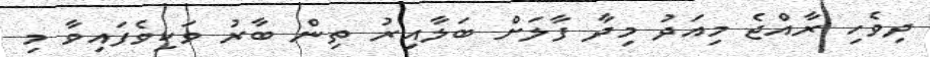
ދިވެހި ރާއްޖެ މިއަދު މިދާ ފާލަށް ބަލާއިރު ތިން ބާރު ވަކިވެފައިވާ މި